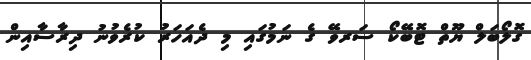
ގޮލޯބަލް ޔޫތް ޓޮބޭކޯ ސަރވޭ ގެ ނަމުގައި މި ދެއަހަރު ކުރެވުނު ދިރާސާއިން